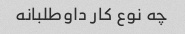
چه نوع کار داوطلبانه